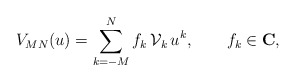
\begin{align*}V_{MN}(u)=\sum_{k=-M}^N f_k \,{\cal V}_k \,u^k,\qquad f_k\in {\bf C}, \end{align*}